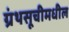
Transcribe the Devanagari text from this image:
ग्रंथसूचीमधील